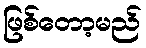
ဖြစ်တော့မည်